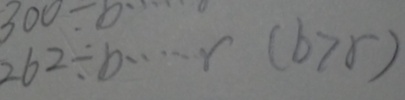
2 6 2 \div b \cdots r ( b > r )